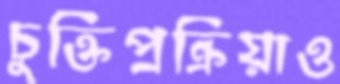
চুক্তিপ্রক্রিয়াও